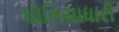
ધોતિયાધારી